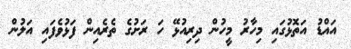
އައްޑު އަތޮޅުގައި މިހާރު މީހުން ދިރިއުޅޭ ހަ ރަށުގެ ތެރެއިން ފަޅުވެފައި އަލުން